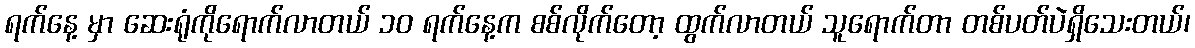
ရက်နေ့ မှာ ဆေးရုံကိုရောက်လာတယ် ၁၀ ရက်နေ့က စစ်လိုက်တော့ ထွက်လာတယ် သူရောက်တာ တစ်ပတ်ပဲရှိသေးတယ်၊